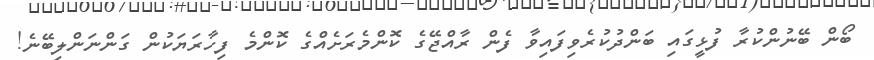
ބޯން ބޭނުންކުރާ ފުޅީގައި ބަންދުކުރެވިފައިވާ ފެން ރާއްޖޭގެ ކޮންމެރަށެއްގެ ކޮންމެ ފިހާރަޔަކުން ގަންނަންލިބޭނެ!